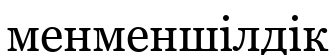
менменшілдік